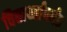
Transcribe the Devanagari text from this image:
विद्यार्थ्यांपर्यंत